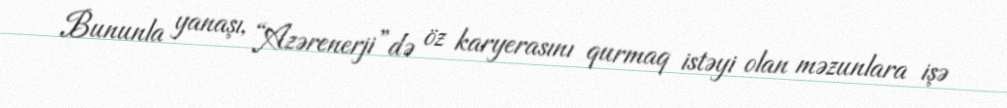
Bununla yanaşı, “Azərenerji”də öz karyerasını qurmaq istəyi olan məzunlara işə